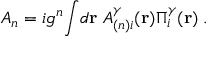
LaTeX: { \cal A } _ { n } = i g ^ { n } { \int } d { \bf r } \; { \cal { A } } _ { ( n ) i } ^ { \gamma } ( { \bf { r } } ) \Pi _ { i } ^ { \gamma } ( { \bf { r } } ) \; .